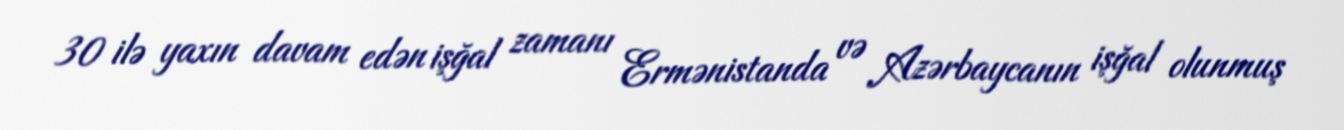
30 ilə yaxın davam edən işğal zamanı Ermənistanda və Azərbaycanın işğal olunmuş